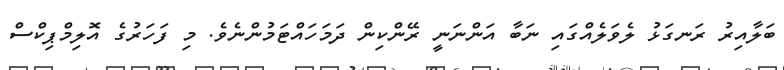
ބަލާއިރު ރަނގަޅު ލެވަލެއްގައި ނަބާ އަންނަނީ ރޭންކިން ދަމަހައްޓަމުންނެވެ. މި ފަހަރުގެ އޮލިމްޕިކްސް